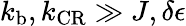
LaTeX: k_{\mathrm{b}},k_{\mathrm{CR}}\gg J,\delta\epsilon